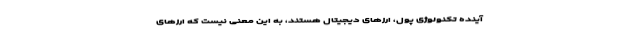
آینده تکنولوژی پول، ارزهای دیجیتال هستند، به این معنی نیست که ارزهای